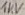
Text: 1KV